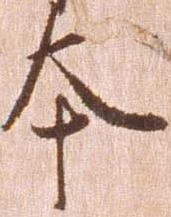
本